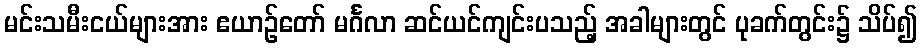
မင်းသမီးငယ်များအား ဧယာဉ်တော် မင်္ဂလာ ဆင်ယင်ကျင်းပသည့် အခါများတွင် ပုခက်တွင်း၌ သိပ်၍